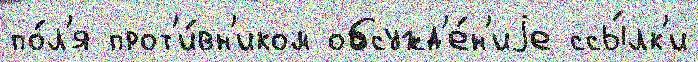
по́л'я прот'и́вн'иком обсужд'е́н'иjе ссы́лк'и